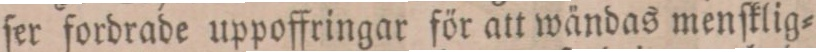
ſer fordrade uppoffringar för att wändas menſklig=